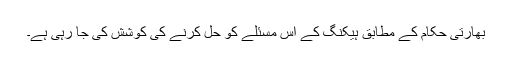
بھارتی حکام کے مطابق ہیکنگ کے اس مسئلے کو حل کرنے کی کوشش کی جا رہی ہے۔